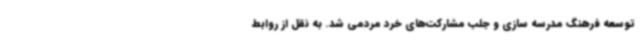
توسعه فرهنگ مدرسه سازی و جلب مشارکت‌های خرد مردمی شد. به نقل از روابط